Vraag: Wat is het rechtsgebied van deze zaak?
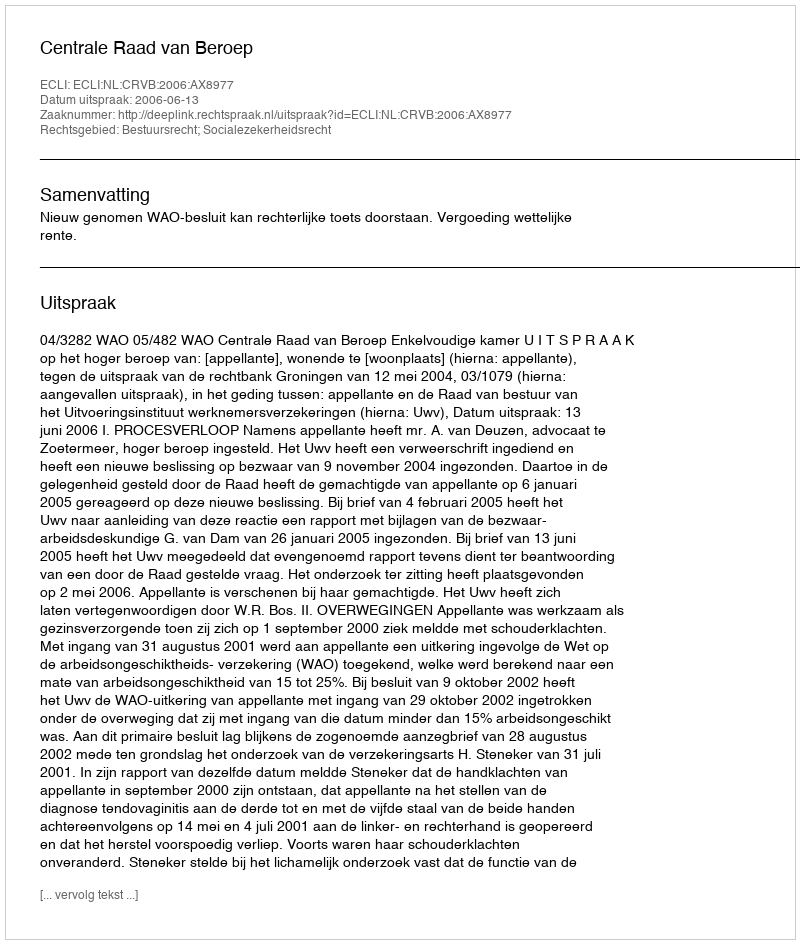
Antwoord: Bestuursrecht; Socialezekerheidsrecht